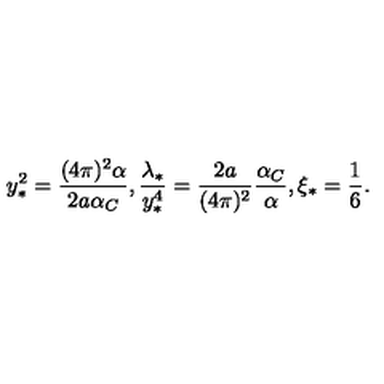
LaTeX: y _ { \ast } ^ { 2 } = { \frac { ( 4 \pi ) ^ { 2 } \alpha } { 2 a \alpha _ { C } } } , { \frac { \lambda _ { \ast } } { y _ { \ast } ^ { 4 } } } = { \frac { 2 a } { ( 4 \pi ) ^ { 2 } } } { \frac { \alpha _ { C } } { \alpha } } , \xi _ { \ast } = { \frac { 1 } { 6 } } .